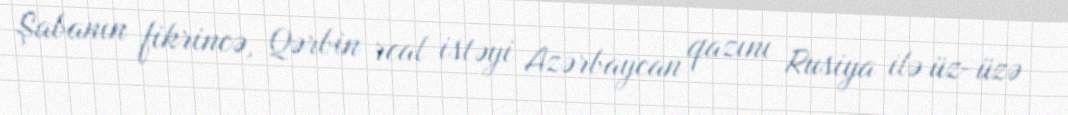
Şabanın fikrincə, Qərbin real istəyi Azərbaycan qazını Rusiya ilə üz-üzə